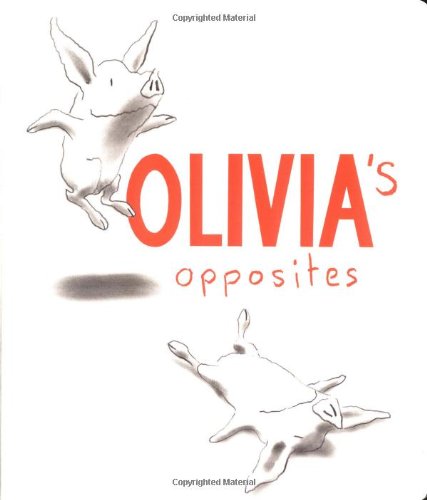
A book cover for Olivia's Opposites; Ian Falconer; Children's Books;